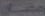
رمضان